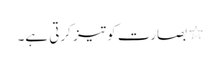
٭ بصارت کو تیز کرتی ہے۔